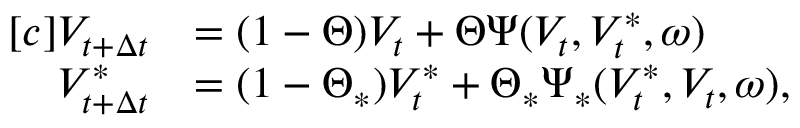
\begin{array} { r } { \begin{array} { r l } { [ c ] V _ { t + \Delta { t } } } & { = ( 1 - \Theta ) V _ { t } + \Theta \Psi ( V _ { t } , V _ { t } ^ { \ast } , \omega ) } \\ { V _ { t + \Delta { t } } ^ { \ast } } & { = ( 1 - \Theta _ { \ast } ) V _ { t } ^ { \ast } + \Theta _ { \ast } \Psi _ { \ast } ( V _ { t } ^ { \ast } , V _ { t } , \omega ) , } \end{array} } \end{array}